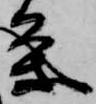
条